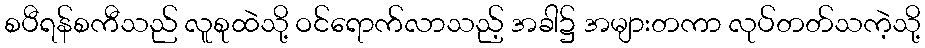
စပီရန်စကီသည် လူစုထဲသို့ ဝင်ရောက်လာသည့် အခါ၌ အများတကာ လုပ်တတ်သကဲ့သို့